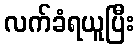
လက်ခံရယူပြီး